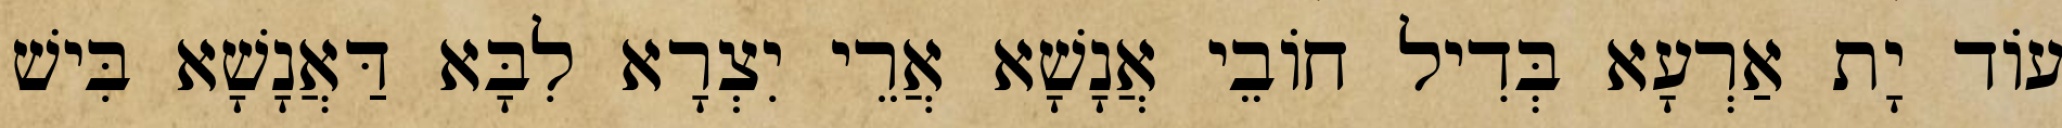
עוֹד יָת אַרְעָא בְּדִיל חוֹבֵי אֲנָשָׁא אֲרֵי יִצְרָא לִבָּא דַּאֲנָשָׁא בִּישׁ